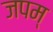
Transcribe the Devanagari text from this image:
जपम्